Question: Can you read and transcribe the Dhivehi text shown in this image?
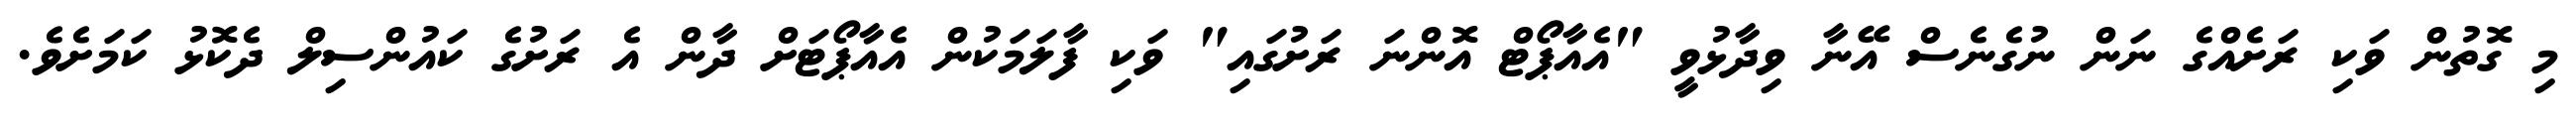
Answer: މި ގޮތުން ވަކި ރަށެއްގެ ނަން ނުގެނެސް އޭނާ ވިދާޅުވީ "އެއާޕޯޓް އޮންނަ ރަށުގައި" ވަކި ފާލަމަކުން އެއާޕޯޓަށް ދާން އެ ރަށުގެ ކައުންސިލް ދެކޮޅު ކަމަށެވެ.